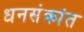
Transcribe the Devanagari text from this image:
धनसंक्रांत